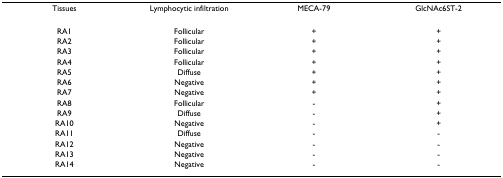
| Tissues | Lymphocytic infiltration | MECA-79 | GlcNAc6ST-2 |
 | --- | --- | --- | --- |
 | RA1 | Follicular | + | + |
 | RA2 | Follicular | + | + |
 | RA3 | Follicular | + | + |
 | RA4 | Follicular | + | + |
 | RA5 | Diffuse | + | + |
 | RA6 | Negative | + | + |
 | RA7 | Negative | + | + |
 | RA8 | Follicular | - | + |
 | RA9 | Diffuse | - | + |
 | RA10 | Negative | - | + |
 | RA11 | Diffuse | - | - |
 | RA12 | Negative | - | - |
 | RA13 | Negative | - | - |
 | RA14 | Negative | - | - |